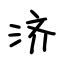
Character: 济